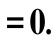
$= 0.$